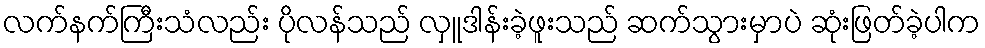
လက်နက်ကြီးသံလည်း ပိုလန်သည် လှူဒါန်းခဲ့ဖူးသည် ဆက်သွားမှာပဲ ဆုံးဖြတ်ခဲ့ပါက